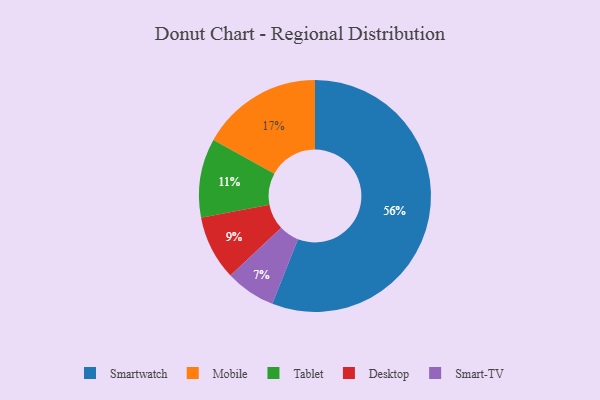
{"axis": {"x": "Category", "y": "Percentage"}, "legend": ["Desktop", "Mobile", "Smart-TV", "Smartwatch", "Tablet"], "data": [{"x": "Mobile", "y": 17, "type": "Mobile"}, {"x": "Smart-TV", "y": 7, "type": "Smart-TV"}, {"x": "Desktop", "y": 9, "type": "Desktop"}, {"x": "Tablet", "y": 11, "type": "Tablet"}, {"x": "Smartwatch", "y": 56, "type": "Smartwatch"}]}